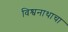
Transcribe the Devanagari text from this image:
विश्वनाथाचा